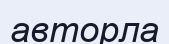
авторла